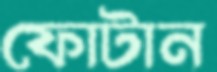
ফোটান